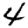
Digit: 4